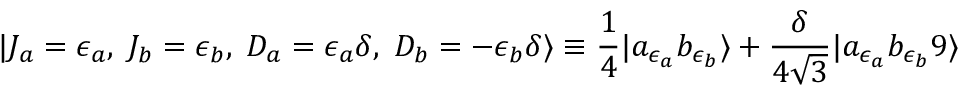
| J _ { a } = { \epsilon _ { a } } , \; J _ { b } = { \epsilon _ { b } } , \; D _ { a } = \epsilon _ { a } \delta , \; D _ { b } = - \epsilon _ { b } \delta \rangle \equiv { \frac { 1 } { 4 } } | a _ { \epsilon _ { a } } b _ { \epsilon _ { b } } \rangle + { \frac { \delta } { 4 \sqrt { 3 } } } | a _ { \epsilon _ { a } } b _ { \epsilon _ { b } } 9 \rangle